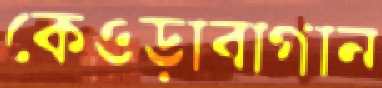
কেওড়াবাগান